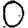
Digit: 0